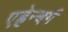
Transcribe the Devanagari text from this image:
एह्रेन्बर्ग